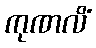
ကုဏလိံ